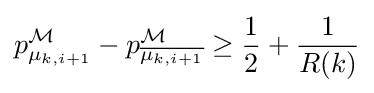
p_{\mu _{k,i+1}}^{\mathcal {M}}-p_{\overline {\mu _{k,i+1}}}^{\mathcal {M}}\geq {\frac {1}{2}}+{\frac {1}{R(k)}}